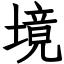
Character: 境